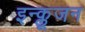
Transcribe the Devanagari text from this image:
इन्क्लूजन